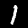
Label: 1